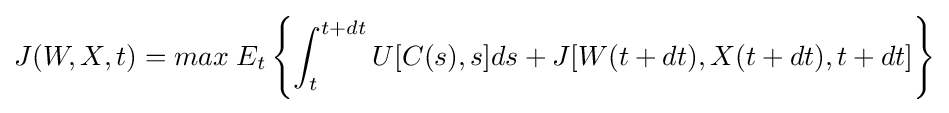
J(W,X,t)=max\;E_{t}\left\{\int _{t}^{t+dt}U[C(s),s]ds+J[W(t+dt),X(t+dt),t+dt]\right\}